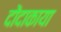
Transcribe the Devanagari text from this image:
दोंदाकाया